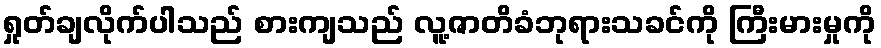
ရှုတ်ချလိုက်ပါသည် စားကျသည် လူ့ဇာတိခံဘုရားသခင်ကို ကြီးမားမှုကို